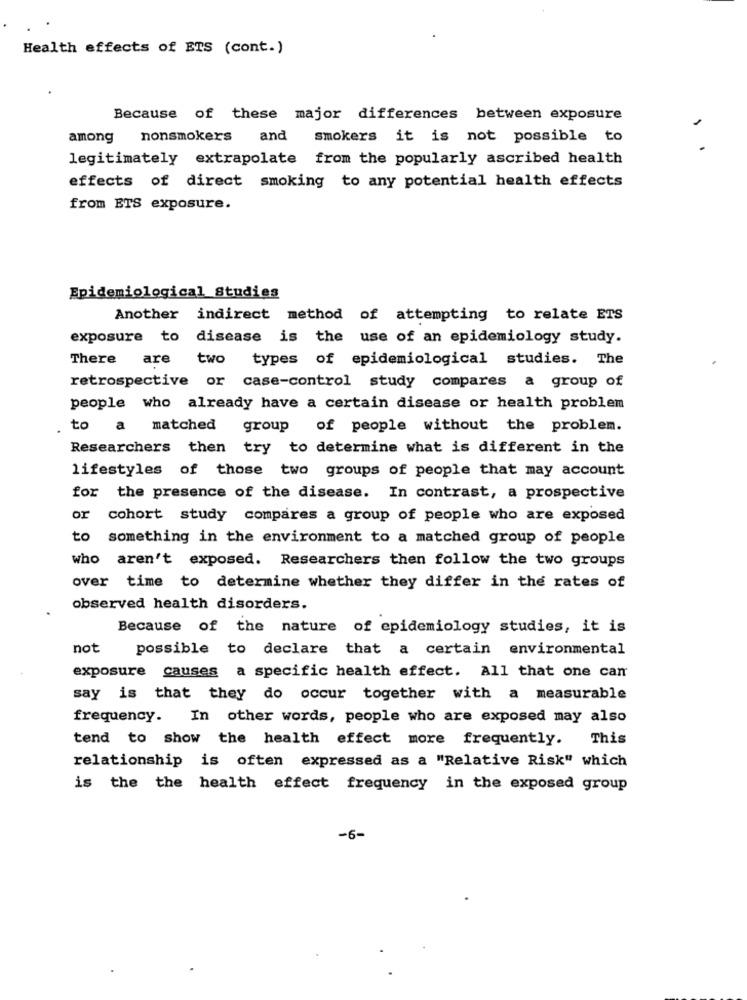
Health effects of ETS (cont.)
Because of these major differences between exposure
among
nonsmokers and smokers it is not possible to
legitimately extrapolate from the popularly ascribed health
effects of direct smoking to any potential health effects
from ETS exposure.
Epidemiological Studies
Another indirect method of attempting to relate ETS
exposure to disease is the use of an epidemiology study.
There are two types of epidemiological studies. The
retrospective or case-control study compares a group of
people who already have a certain disease or health problem
to a matched group of people without the problem.
Researchers then try to determine what is different in the
lifestyles of those two groups of people that may account
for the presence of the disease. In contrast, a prospective
or
cohort study compares a group of people who are exposed
to something in the environment to a matched group of people
who aren't exposed. Researchers then follow the two groups
over time to determine whether they differ in the rates of
observed health disorders.
Because of the nature of epidemiology studies, it is
not
possible to declare that a certain environmental
exposure causes a specific health effect. All that one can
say is that they do occur together with a measurable
frequency. In other words, people who are exposed may also
tend to show the health effect more frequently.
This
relationship is often expressed as a "Relative Risk" which
is the the health effect frequency in the exposed group
-6-